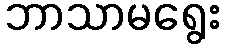
ဘာသာမရွေး